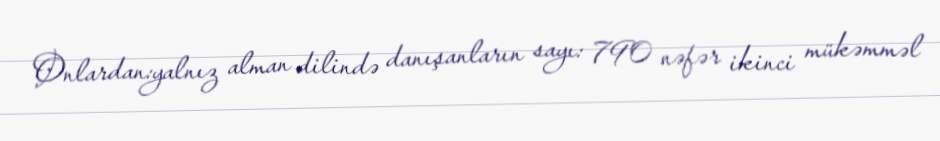
Onlardan:yalnız alman dilində danışanların sayı: 790 nəfər ikinci mükəmməl